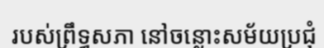
របស់ព្រឹទ្ធសភា នៅចន្លោះសម័យប្រជុំ